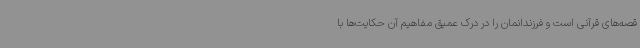
قصه‌های قرآنی است و فرزندانمان را در درک عمیق مفاهیم آن حکایت‌ها با